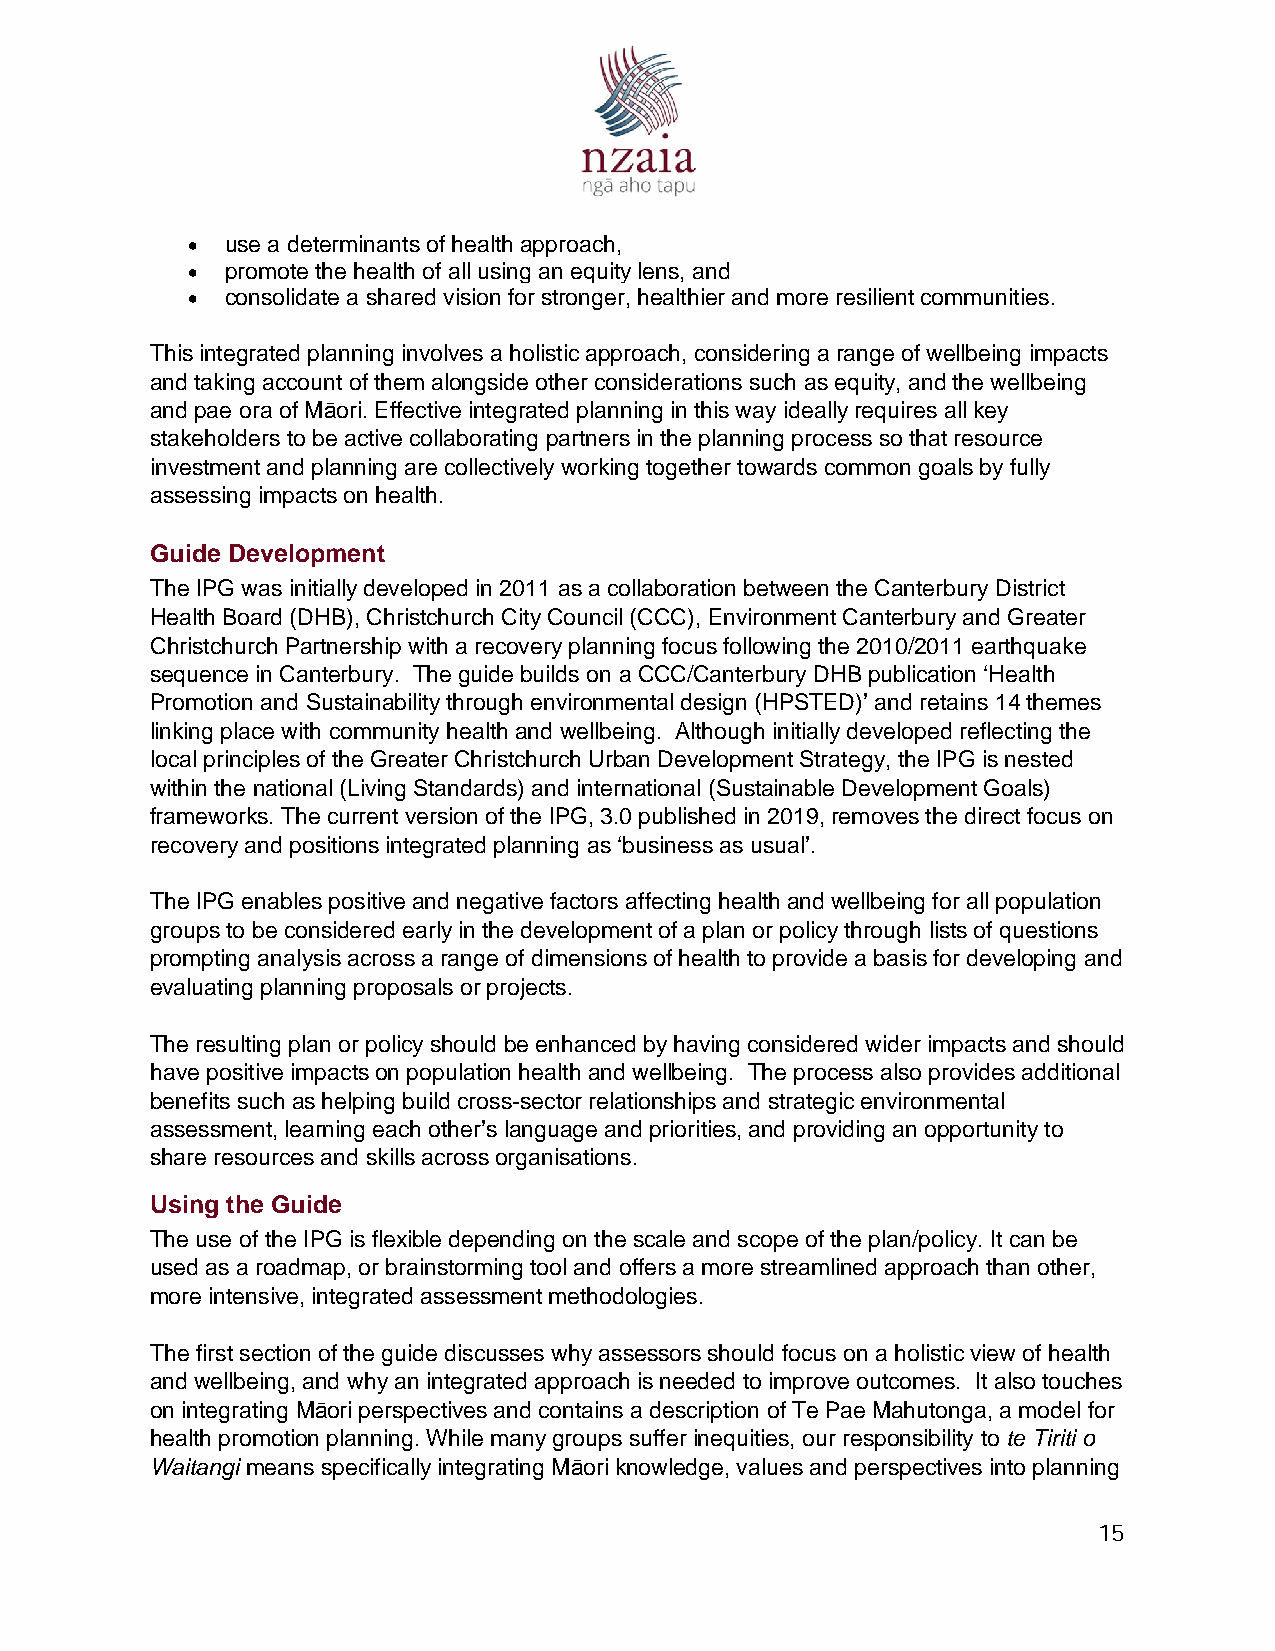
  use a determinants of health approach,
   promote the health of all using an equity lens, and
   consolidate a shared vision for stronger, healthier and more resilient communities.
 This integrated planning involves a holistic approach, considering a range of wellbeing impacts
 and taking account of them alongside other considerations such as equity, and the wellbeing
 and pae ora of Māori. Effective integrated planning in this way ideally requires all key
 stakeholders to be active collaborating partners in the planning process so that resource
 investment and planning are collectively working together towards common goals by fully
 assessing impacts on health.
 Guide Development
 The IPG was initially developed in 2011 as a collaboration between the Canterbury District
 Health Board (DHB), Christchurch City Council (CCC), Environment Canterbury and Greater
 Christchurch Partnership with a recovery planning focus following the 2010/2011 earthquake
 sequence in Canterbury. The guide builds on a CCC/Canterbury DHB publication ‘Health
 Promotion and Sustainability through environmental design (HPSTED)’ and retains 14 themes
 linking place with community health and wellbeing. Although initially developed reflecting the
 local principles of the Greater Christchurch Urban Development Strategy, the IPG is nested
 within the national (Living Standards) and international (Sustainable Development Goals)
 frameworks. The current version of the IPG, 3.0 published in 2019, removes the direct focus on
 recovery and positions integrated planning as ‘business as usual’.
 The IPG enables positive and negative factors affecting health and wellbeing for all population
 groups to be considered early in the development of a plan or policy through lists of questions
 prompting analysis across a range of dimensions of health to provide a basis for developing and
 evaluating planning proposals or projects.
 The resulting plan or policy should be enhanced by having considered wider impacts and should
 have positive impacts on population health and wellbeing. The process also provides additional
 benefits such as helping build cross-sector relationships and strategic environmental
 assessment, learning each other’s language and priorities, and providing an opportunity to
 share resources and skills across organisations.
 Using the Guide
 The use of the IPG is flexible depending on the scale and scope of the plan/policy. It can be
 used as a roadmap, or brainstorming tool and offers a more streamlined approach than other,
 more intensive, integrated assessment methodologies.
 The first section of the guide discusses why assessors should focus on a holistic view of health
 and wellbeing, and why an integrated approach is needed to improve outcomes. It also touches
 on integrating Māori perspectives and contains a description of Te Pae Mahutonga, a model for
 health promotion planning. While many groups suffer inequities, our responsibility to te Tiriti o
 Waitangi means specifically integrating Māori knowledge, values and perspectives into planning
 15